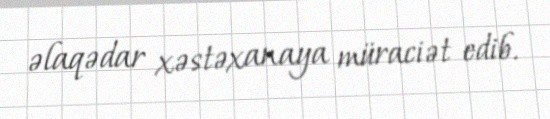
əlaqədar xəstəxanaya müraciət edib.